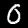
Digit: 0